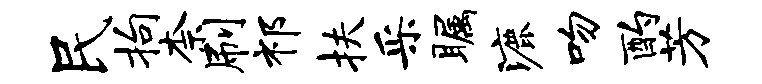
民拘柰刷祁扶采瞩漉吻酌芳